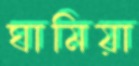
ঘামিয়া